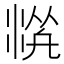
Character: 𱦻